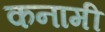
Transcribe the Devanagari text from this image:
कनामी